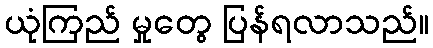
ယုံကြည် မှုတွေ ပြန်ရလာသည်။